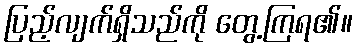
ပြည့်လျက်ရှိသည်ကို တွေ့ကြရ၏။